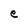
Character: e